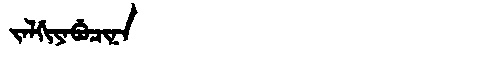
Manchu: ᠵᠠᠯᡤᡳᠶᠠᠪᡠᠴᡳᠨᠠ
Romanization: JALGIYABUCINA